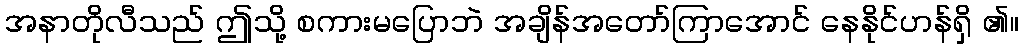
အနာတိုလီသည် ဤသို့ စကားမပြောဘဲ အချိန်အတော်ကြာအောင် နေနိုင်ဟန်ရှိ ၏။